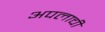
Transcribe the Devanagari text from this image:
अपलाची